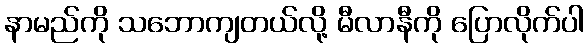
နာမည်ကို သဘောကျတယ်လို့ မီလာနီကို ပြောလိုက်ပါ